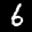
Label: 6